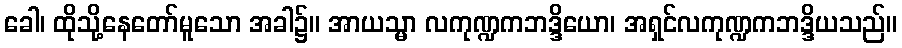
ခေါ၊ ထိုသို့နေတော်မူသော အခါ၌။ အာယသ္မာ လကုဏ္ဍကဘဒ္ဒိယော၊ အရှင်လကုဏ္ဍကဘဒ္ဒိယသည်။